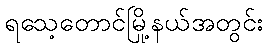
ရသေ့တောင်မြို့နယ်အတွင်း